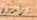
يرتدون